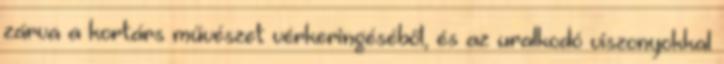
zárva a kortárs művészet vérkeringéséből, és az uralkodó viszonyokkal